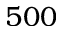
5 0 0